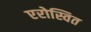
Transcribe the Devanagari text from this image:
एरोस्वित